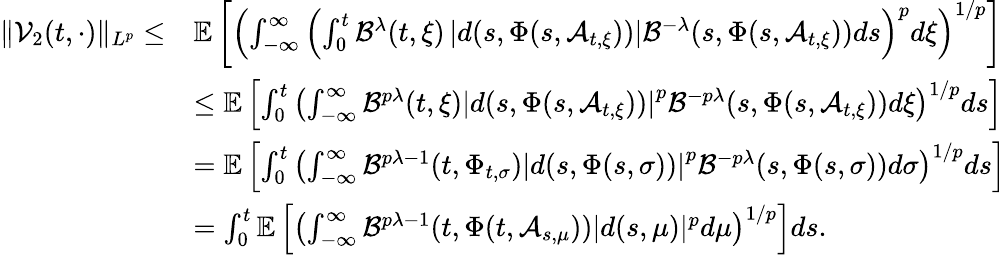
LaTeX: \begin{array}{rl}{\| \mathcal{V}_{2}(t,\cdot)\| _{L^{p}}\leq}&{\mathbb{E}\left[\left(\int_{-\infty}^{\infty}\left(\int_{0}^{t}\mathcal{B}^{\lambda}(t,\xi)\left|d(s,\Phi(s,\mathcal{A}_{t,\xi}))\right|\mathcal{B}^{-\lambda}(s,\Phi(s,\mathcal{A}_{t,\xi}))ds\right)^{p}d\xi\right)^{1/p}\right]}\\ &{\leq\mathbb{E}\left[\int_{0}^{t}\left(\int_{-\infty}^{\infty}\mathcal{B}^{p\lambda}(t,\xi)\left|d(s,\Phi(s,\mathcal{A}_{t,\xi}))\right|^{p}\mathcal{B}^{-p\lambda}(s,\Phi(s,\mathcal{A}_{t,\xi}))d\xi\right)^{1/p}ds\right]}\\ &{=\mathbb{E}\left[\int_{0}^{t}\left(\int_{-\infty}^{\infty}\mathcal{B}^{p\lambda-1}(t,\Phi_{t,\sigma})\left|d(s,\Phi(s,\sigma))\right|^{p}\mathcal{B}^{-p\lambda}(s,\Phi(s,\sigma))d\sigma\right)^{1/p}ds\right]}\\ &{=\int_{0}^{t}\mathbb{E}\left[\left(\int_{-\infty}^{\infty}\mathcal{B}^{p\lambda-1}(t,\Phi(t,\mathcal{A}_{s,\mu}))|d(s,\mu)|^{p}d\mu\right)^{1/p}\right]ds.}\end{array}